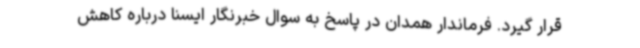
قرار گیرد. فرماندار همدان در پاسخ به سوال خبرنگار ایسنا درباره کاهش